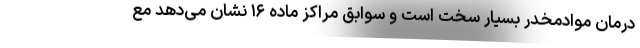
درمان موادمخدر بسیار سخت است و سوابق مراکز ماده ۱۶ نشان می‌دهد مع